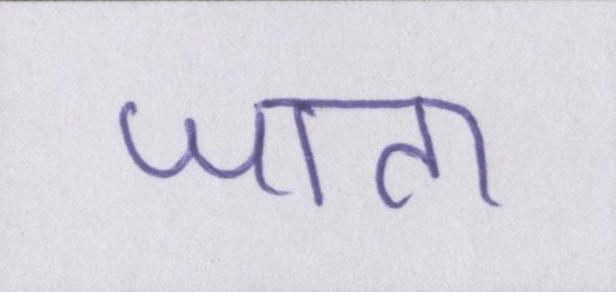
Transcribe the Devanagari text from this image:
जाता